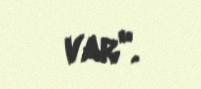
var".